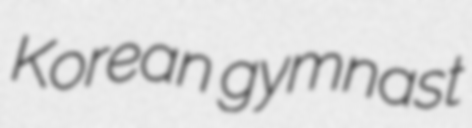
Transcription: Korean gymnast